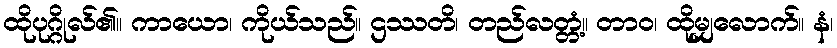
ထိုပုဂ္ဂိုလ်၏။ ကာယော၊ ကိုယ်သည်။ ဌဿတိ၊ တည်လတ္တံ့။ တာဝ၊ ထိုမျှလောက်။ နံ၊